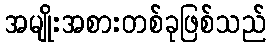
အမျိုးအစားတစ်ခုဖြစ်သည်